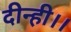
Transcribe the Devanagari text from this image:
दीन्ही।।